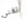
تغني